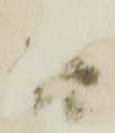
さ